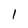
Character: I